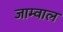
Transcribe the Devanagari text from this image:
जाम्वाल